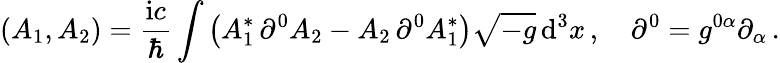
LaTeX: \left(A_{1},A_{2}\right)=\frac{\mathrm{i}c}{\hbar}\int\left(A_{1}^{*}\, \partial^{0}A_{2}-A_{2}\, \partial^{0}A_{1}^{*}\right)\sqrt{-g}\, \mathrm{d}^{3}x\, ,\quad\partial^{0}=g^{0\alpha}\partial_{\alpha}\, .